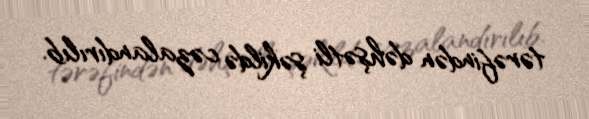
tərəfindən dəhşətli şəkildə cəzalandırılıb.